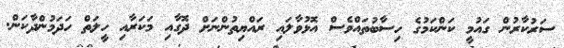
ސަރުކާރުން ގައުމީ ކަންކަމުގެ ހިސާބުތައްވެސް އޮޅުވާލައި ރައްޔިތުންނަށް ދޮގާއި މަކަރާއި ހީލަތް ހަދަމުންދާކަން.